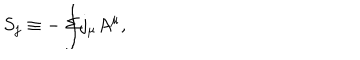
LaTeX: S _ { j } \equiv - \int \! \! \! \! \! \! \Sigma j _ { \mu } A ^ { \mu } ,